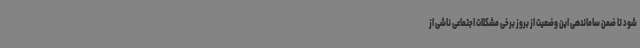
شود تا ضمن ساماندهی این وضعیت از بروز برخی مشکلات اجتماعی ناشی از